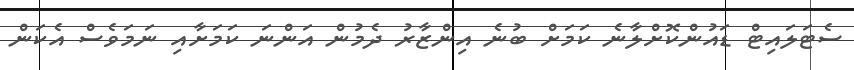
ސެޓަލައިޓް ޑައުންކޮށްލާނެ ކަމަށް ބުނެ އިންޒާރު ދެމުން އަންނަ ކަމަށާއި ނަމަވެސް އެކަން